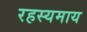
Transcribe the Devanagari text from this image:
रहस्यमाय